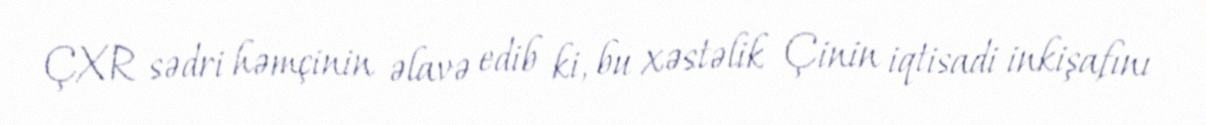
ÇXR sədri həmçinin əlavə edib ki, bu xəstəlik Çinin iqtisadi inkişafını